Vaccination in Bombay 1889-1901 - 1889-1901
Year: 1889
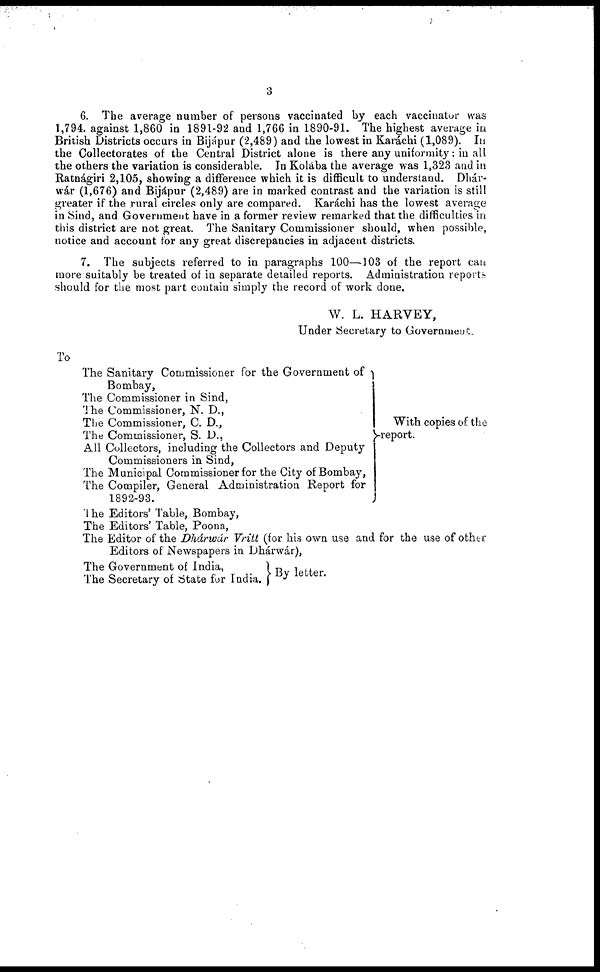
3
6. The average number of persons vaccinated by each vaccinator was
1,794. against 1,860 in 1891-92 and 1,766 in 1890-91. The highest average in
British Districts occurs in Bijápur (2,489) and the lowest in Karáchi (1,089). In
the Collectorates of the Central District alone is there any uniformity : in all
the others the variation is considerable. In Kolába the average was 1,323 and in
Ratnágiri 2,105, showing a difference which it is difficult to understand. Dhár¬
wár (1,676) and Bijápur (2,489) are in marked contrast and the variation is still
greater if the rural circles only are compared. Karáchi has the lowest average
in Sind, and Government have in a former review remarked that the difficulties in
this district are not great. The Sanitary Commissioner should, when possible,
notice and account for any great discrepancies in adjacent districts.
7. The subjects referred to in paragraphs 100—103 of the report can
more suitably be treated of in separate detailed reports. Administration reports
should for the most part contain simply the record of work done.
W. L. HARVEY,
Under Secretary to Government.
To
The Sanitary Commissioner for the Government of
Bombay,
The Commissioner in Sind,
The Commissioner, N. D.,
The Commissioner, C. D.,
The Commissioner, S. D.,
All Collectors, including the Collectors and Deputy
Commissioners in Sind,
The Municipal Commissioner for the City of Bombay,
The Compiler, General Administration Report for
1892-93.
With copies of the
report.
'I he Editors' Table, Bombay,
The Editors' Table, Poona,
The Editor of the Dhárwár Vritt (for his own use and for the use of other
Editors of Newspapers in Dhárwár),
The Government of India,
The Secretary of State for India.
By letter.